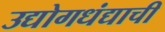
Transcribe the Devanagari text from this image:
उद्योगधंद्याची